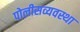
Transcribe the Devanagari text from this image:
पोलीसव्यवस्था